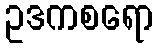
ဥဒကစရော